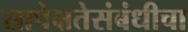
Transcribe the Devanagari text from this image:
सापेक्षतेसंबंधीचा